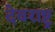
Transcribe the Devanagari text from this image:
देवराष्ट्र